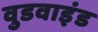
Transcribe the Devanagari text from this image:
वुडवाइंड